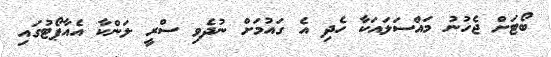
ބޯޓަށް ޖެހުނު މައްސަލައަކާ ހެދި އެ ގައުމަށް ނުދެވި ސްރީ ލަންކާ އެއާޕޯޓުގައި